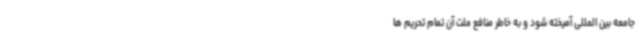
جامعه بین المللی آمیخته شود و به خاطر منافع ملت آن تمام تحریم ها